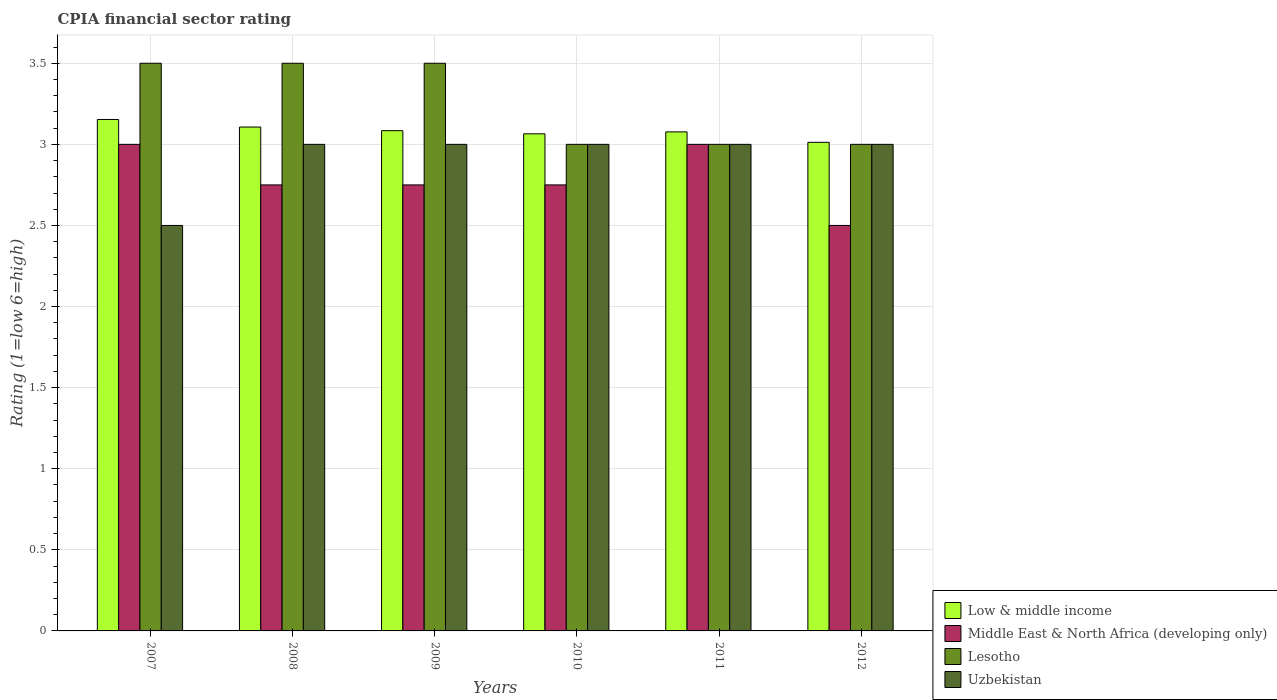
| Years | Low & middle income | Middle East & North Africa (developing only) | Lesotho | Uzbekistan |
 | --- | --- | --- | --- | --- |
 | 2007 | 3.15 | 3 | 3.5 | 2.5 |
 | 2008 | 3.11 | 2.75 | 3.5 | 3 |
 | 2009 | 3.08 | 2.75 | 3.5 | 3 |
 | 2010 | 3.06 | 2.75 | 3 | 3 |
 | 2011 | 3.08 | 3 | 3 | 3 |
 | 2012 | 3.01 | 2.5 | 3 | 3 |